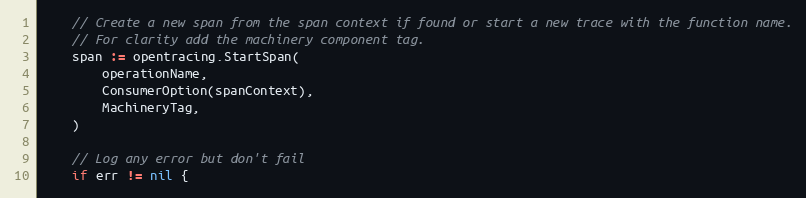
Language: Go
	// Create a new span from the span context if found or start a new trace with the function name.
	// For clarity add the machinery component tag.
	span := opentracing.StartSpan(
		operationName,
		ConsumerOption(spanContext),
		MachineryTag,
	)

	// Log any error but don't fail
	if err != nil {